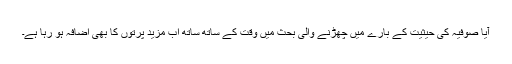
آیا صوفیہ کی حیثیت کے بارے میں چھڑنے والی بحث میں وقت کے ساتھ ساتھ اب مزید پرتوں کا بھی اضافہ ہو رہا ہے۔